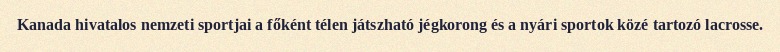
Kanada hivatalos nemzeti sportjai a főként télen játszható jégkorong és a nyári sportok közé tartozó lacrosse.